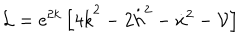
{ \cal L } = \mathrm { e } ^ { 2 k } \left[ 4 \dot { k } ^ { 2 } - 2 \dot { h } ^ { 2 } - \dot { x } ^ { 2 } - { \cal V } \right]